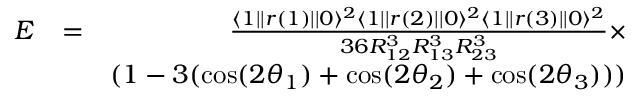
\begin{array} { r l r } { E } & { = } & { \frac { \langle 1 | | r ( 1 ) | | 0 \rangle ^ { 2 } \langle 1 | | r ( 2 ) | | 0 \rangle ^ { 2 } \langle 1 | | r ( 3 ) | | 0 \rangle ^ { 2 } } { 3 6 R _ { 1 2 } ^ { 3 } R _ { 1 3 } ^ { 3 } R _ { 2 3 } ^ { 3 } } \times } \\ & { } & { ( 1 - 3 ( \cos ( 2 \theta _ { 1 } ) + \cos ( 2 \theta _ { 2 } ) + \cos ( 2 \theta _ { 3 } ) ) ) } \end{array}